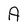
Character: A